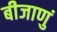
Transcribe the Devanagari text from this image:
बीजाणुं